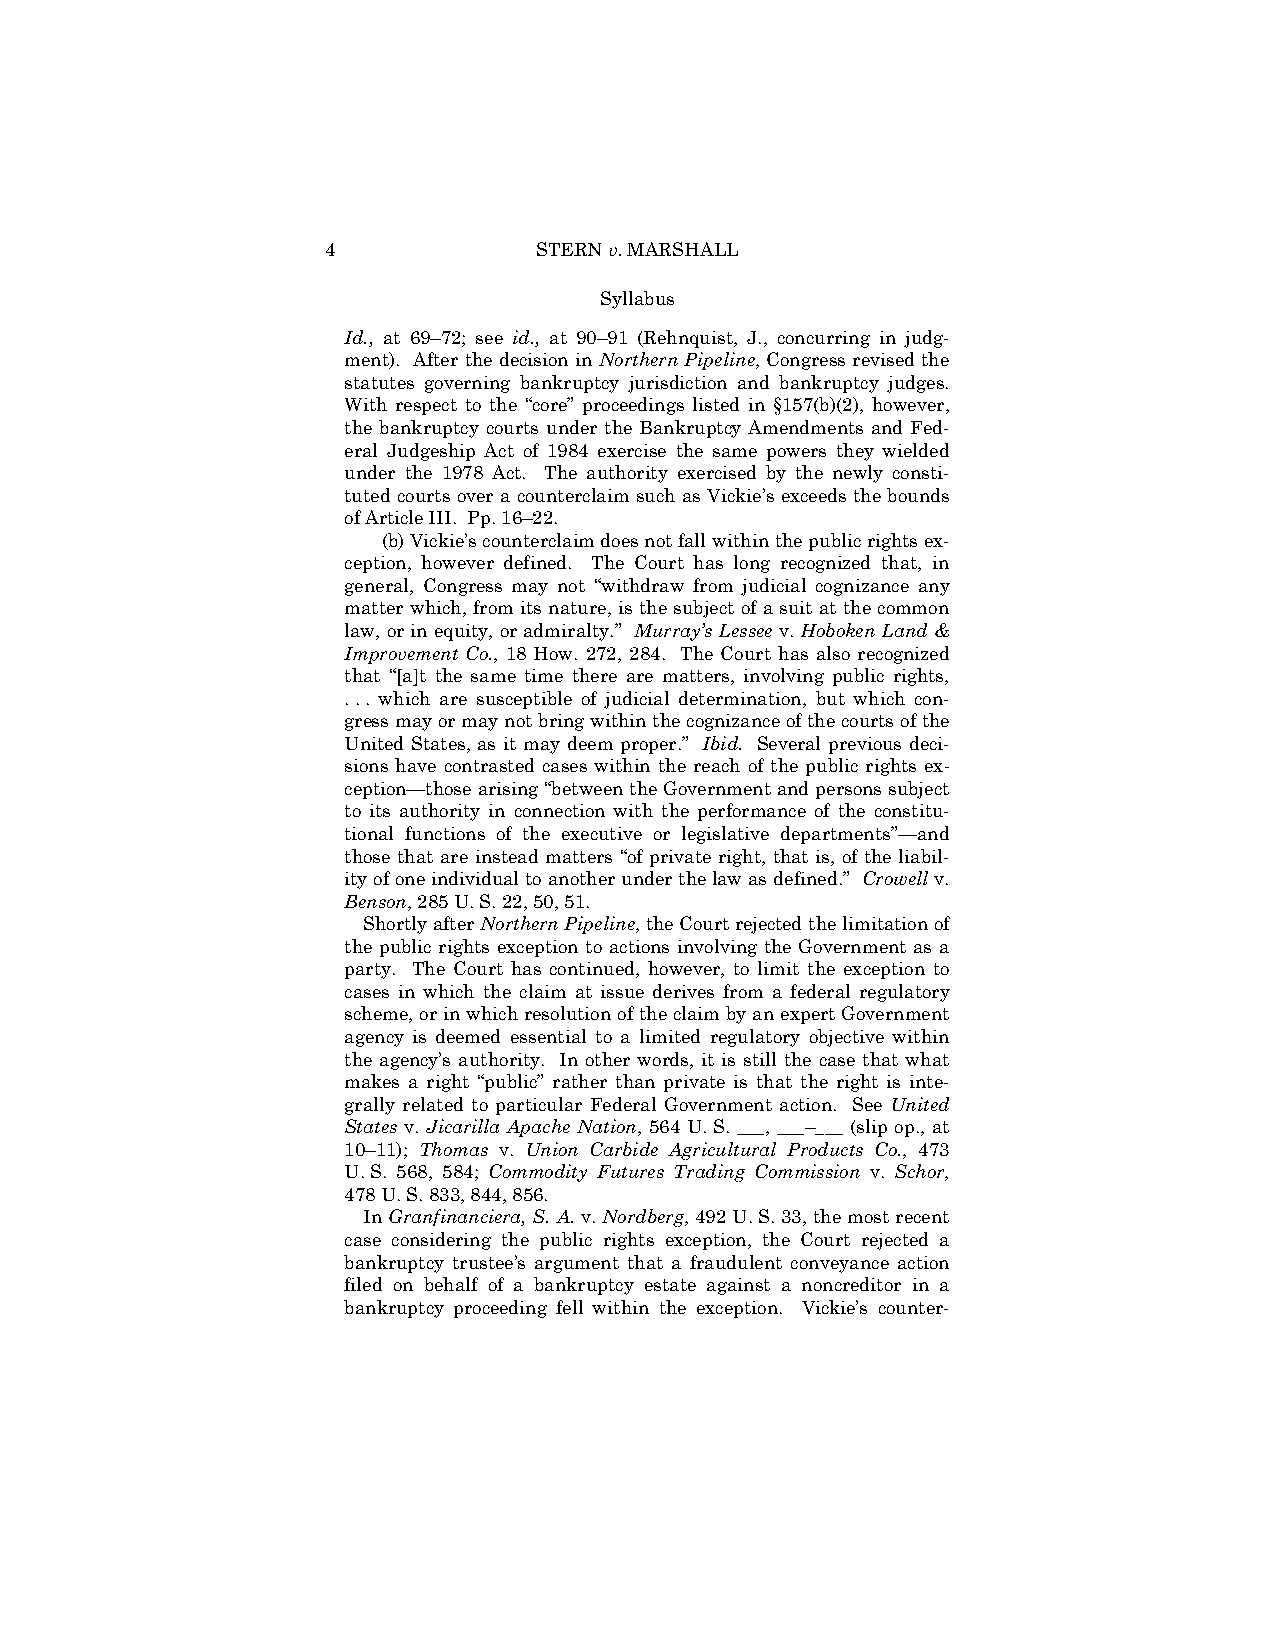
4             STERN v. MARSHALL
 Syllabus
 Id., at 69–72; see id., at 90–91 (Rehnquist, J., concurring in judg-
 ment). After the decision in Northern Pipeline, Congress revised the
 statutes governing bankruptcy jurisdiction and bankruptcy judges.
 With respect to the “core” proceedings listed in §157(b)(2), however,
 the bankruptcy courts under the Bankruptcy Amendments and Fed-
 eral Judgeship Act of 1984 exercise the same powers they wielded
 under the 1978 Act. The authority exercised by the newly consti-
 tuted courts over a counterclaim such as Vickie’s exceeds the bounds
 of Article III. Pp. 16–22.
 (b) Vickie’s counterclaim does not fall within the public rights ex-
 ception, however defined. The Court has long recognized that, in
 general, Congress may not “withdraw from judicial cognizance any
 matter which, from its nature, is the subject of a suit at the common
 law, or in equity, or admiralty.” Murray’s Lessee v. Hoboken Land &
 Improvement Co., 18 How. 272, 284. The Court has also recognized
 that “[a]t the same time there are matters, involving public rights,
 . . . which are susceptible of judicial determination, but which con-
 gress may or may not bring within the cognizance of the courts of the
 United States, as it may deem proper.” Ibid. Several previous deci-
 sions have contrasted cases within the reach of the public rights ex-
 ception—those arising “between the Government and persons subject
 to its authority in connection with the performance of the constitu-
 tional functions of the executive or legislative departments”—and
 those that are instead matters “of private right, that is, of the liabil-
 ity of one individual to another under the law as defined.” Crowell v.
 Benson, 285 U. S. 22, 50, 51.
 Shortly after Northern Pipeline, the Court rejected the limitation of
 the public rights exception to actions involving the Government as a
 party. The Court has continued, however, to limit the exception to
 cases in which the claim at issue derives from a federal regulatory
 scheme, or in which resolution of the claim by an expert Government
 agency is deemed essential to a limited regulatory objective within
 the agency’s authority. In other words, it is still the case that what
 makes a right “public” rather than private is that the right is inte-
 grally related to particular Federal Government action. See United
 States v. Jicarilla Apache Nation, 564 U. S. ___, ___–___ (slip op., at
 10–11); Thomas v. Union Carbide Agricultural Products Co., 473
 U. S. 568, 584; Commodity Futures Trading Commission v. Schor,
 478 U. S. 833, 844, 856.
 In Granfinanciera, S. A. v. Nordberg, 492 U. S. 33, the most recent
 case considering the public rights exception, the Court rejected a
 bankruptcy trustee’s argument that a fraudulent conveyance action
 filed on behalf of a bankruptcy estate against a noncreditor in a
 bankruptcy proceeding fell within the exception. Vickie’s counter-